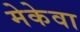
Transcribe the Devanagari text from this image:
मेकेवा